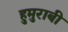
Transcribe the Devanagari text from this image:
हुमुराबी